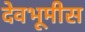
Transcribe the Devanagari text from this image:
देवभूमीस